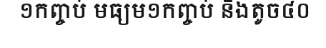
១កញ្ចប់ មធ្យម១កញ្ចប់ និងតូច៤០